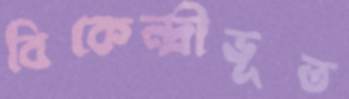
বিকেন্দ্রীভূত